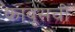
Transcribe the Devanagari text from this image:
काबूसची